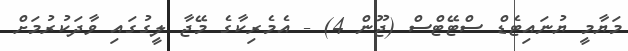
މަޔާމީ ޔުނައިޓެޑް ސްޓޭޓްސް (ޖޫން 4) - އެމެރިކާގެ މޭޖާ ލީގުގައި ވާދަކުރުމަށް